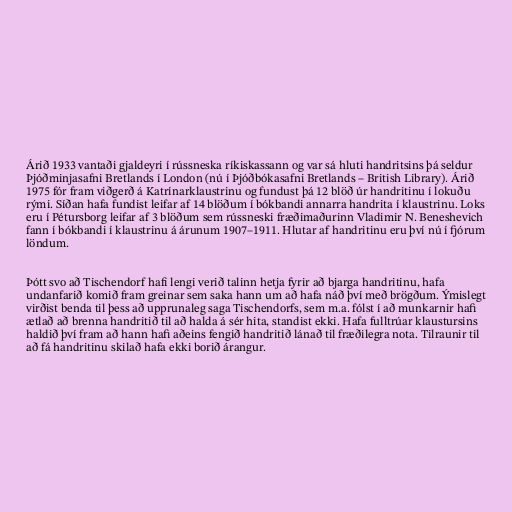
Árið 1933 vantaði gjaldeyri í rússneska ríkiskassann og var sá hluti handritsins þá seldur
Þjóðminjasafni Bretlands í London (nú í Þjóðbókasafni Bretlands – British Library). Árið
1975 fór fram viðgerð á Katrínarklaustrinu og fundust þá 12 blöð úr handritinu í lokuðu
rými. Síðan hafa fundist leifar af 14 blöðum í bókbandi annarra handrita í klaustrinu. Loks
eru í Pétursborg leifar af 3 blöðum sem rússneski fræðimaðurinn Vladimir N. Beneshevich
fann í bókbandi í klaustrinu á árunum 1907–1911. Hlutar af handritinu eru því nú í fjórum
löndum.

Þótt svo að Tischendorf hafi lengi verið talinn hetja fyrir að bjarga handritinu, hafa
undanfarið komið fram greinar sem saka hann um að hafa náð því með brögðum. Ýmislegt
virðist benda til þess að upprunaleg saga Tischendorfs, sem m.a. fólst í að munkarnir hafi
ætlað að brenna handritið til að halda á sér hita, standist ekki. Hafa fulltrúar klaustursins
haldið því fram að hann hafi aðeins fengið handritið lánað til fræðilegra nota. Tilraunir til
að fá handritinu skilað hafa ekki borið árangur.